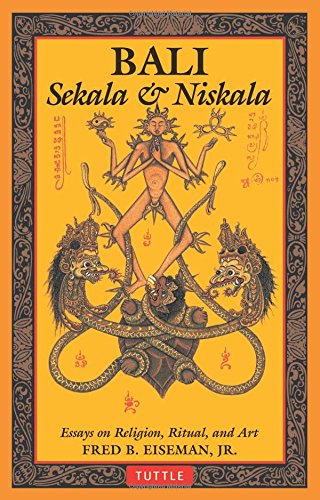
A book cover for Bali: Sekala & Niskala; Fred B. Eiseman Jr.; Travel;